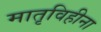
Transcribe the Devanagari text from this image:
मातृविहीना